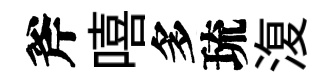
斧嘻多琉𣸪